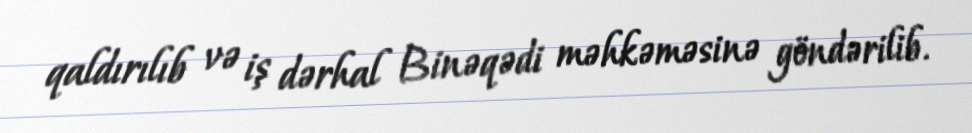
qaldırılıb və iş dərhal Binəqədi məhkəməsinə göndərilib.